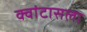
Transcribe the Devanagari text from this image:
क्वांटासला